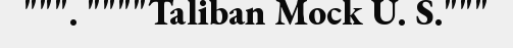
""". """"Taliban Mock U. S."""